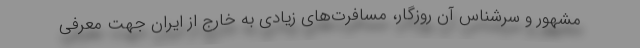
مشهور و سرشناس آن روزگار، مسافرت‌های زیادی به خارج از ایران جهت معرفی